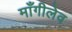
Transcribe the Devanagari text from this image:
माँगीलेव